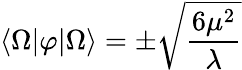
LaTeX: \langle\Omega|\varphi|\Omega\rangle=\pm{\sqrt{\frac{6\mu^{2}}{\lambda}}}